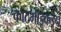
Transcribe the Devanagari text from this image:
काठमांडूकडून